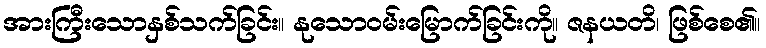
အားကြီးသောနှစ်သက်ခြင်း။ နုသောဝမ်းမြောက်ခြင်းကို။ ဇနယတိ၊ ဖြစ်စေ၏။